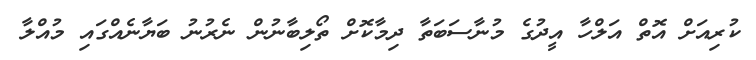
ކުރިއަށް އޮތް އަލްހާ އީދުގެ މުނާސަބަތާ ދިމާކޮށް ތޯލިބާނުން ނެރުނު ބަޔާނެއްގައި މުއްލާ